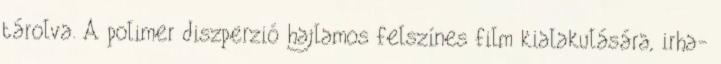
tárolva. A polimer diszperzió hajlamos felszínes film kialakulására, irha-